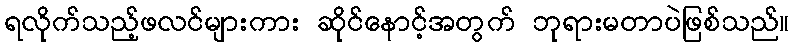
ရလိုက်သည့်ဖလင်များကား ဆိုင်နောင့်အတွက် ဘုရားမတာပဲဖြစ်သည်။